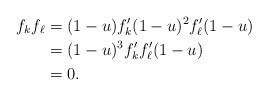
LaTeX: \begin{align*}f_kf_\ell &= (1-u)f_k'(1-u)^2 f_\ell'(1-u) \\&= (1-u)^3 f_k'f_\ell' (1-u) \\&= 0.\end{align*}